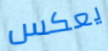
يعكس